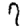
Digit: 7